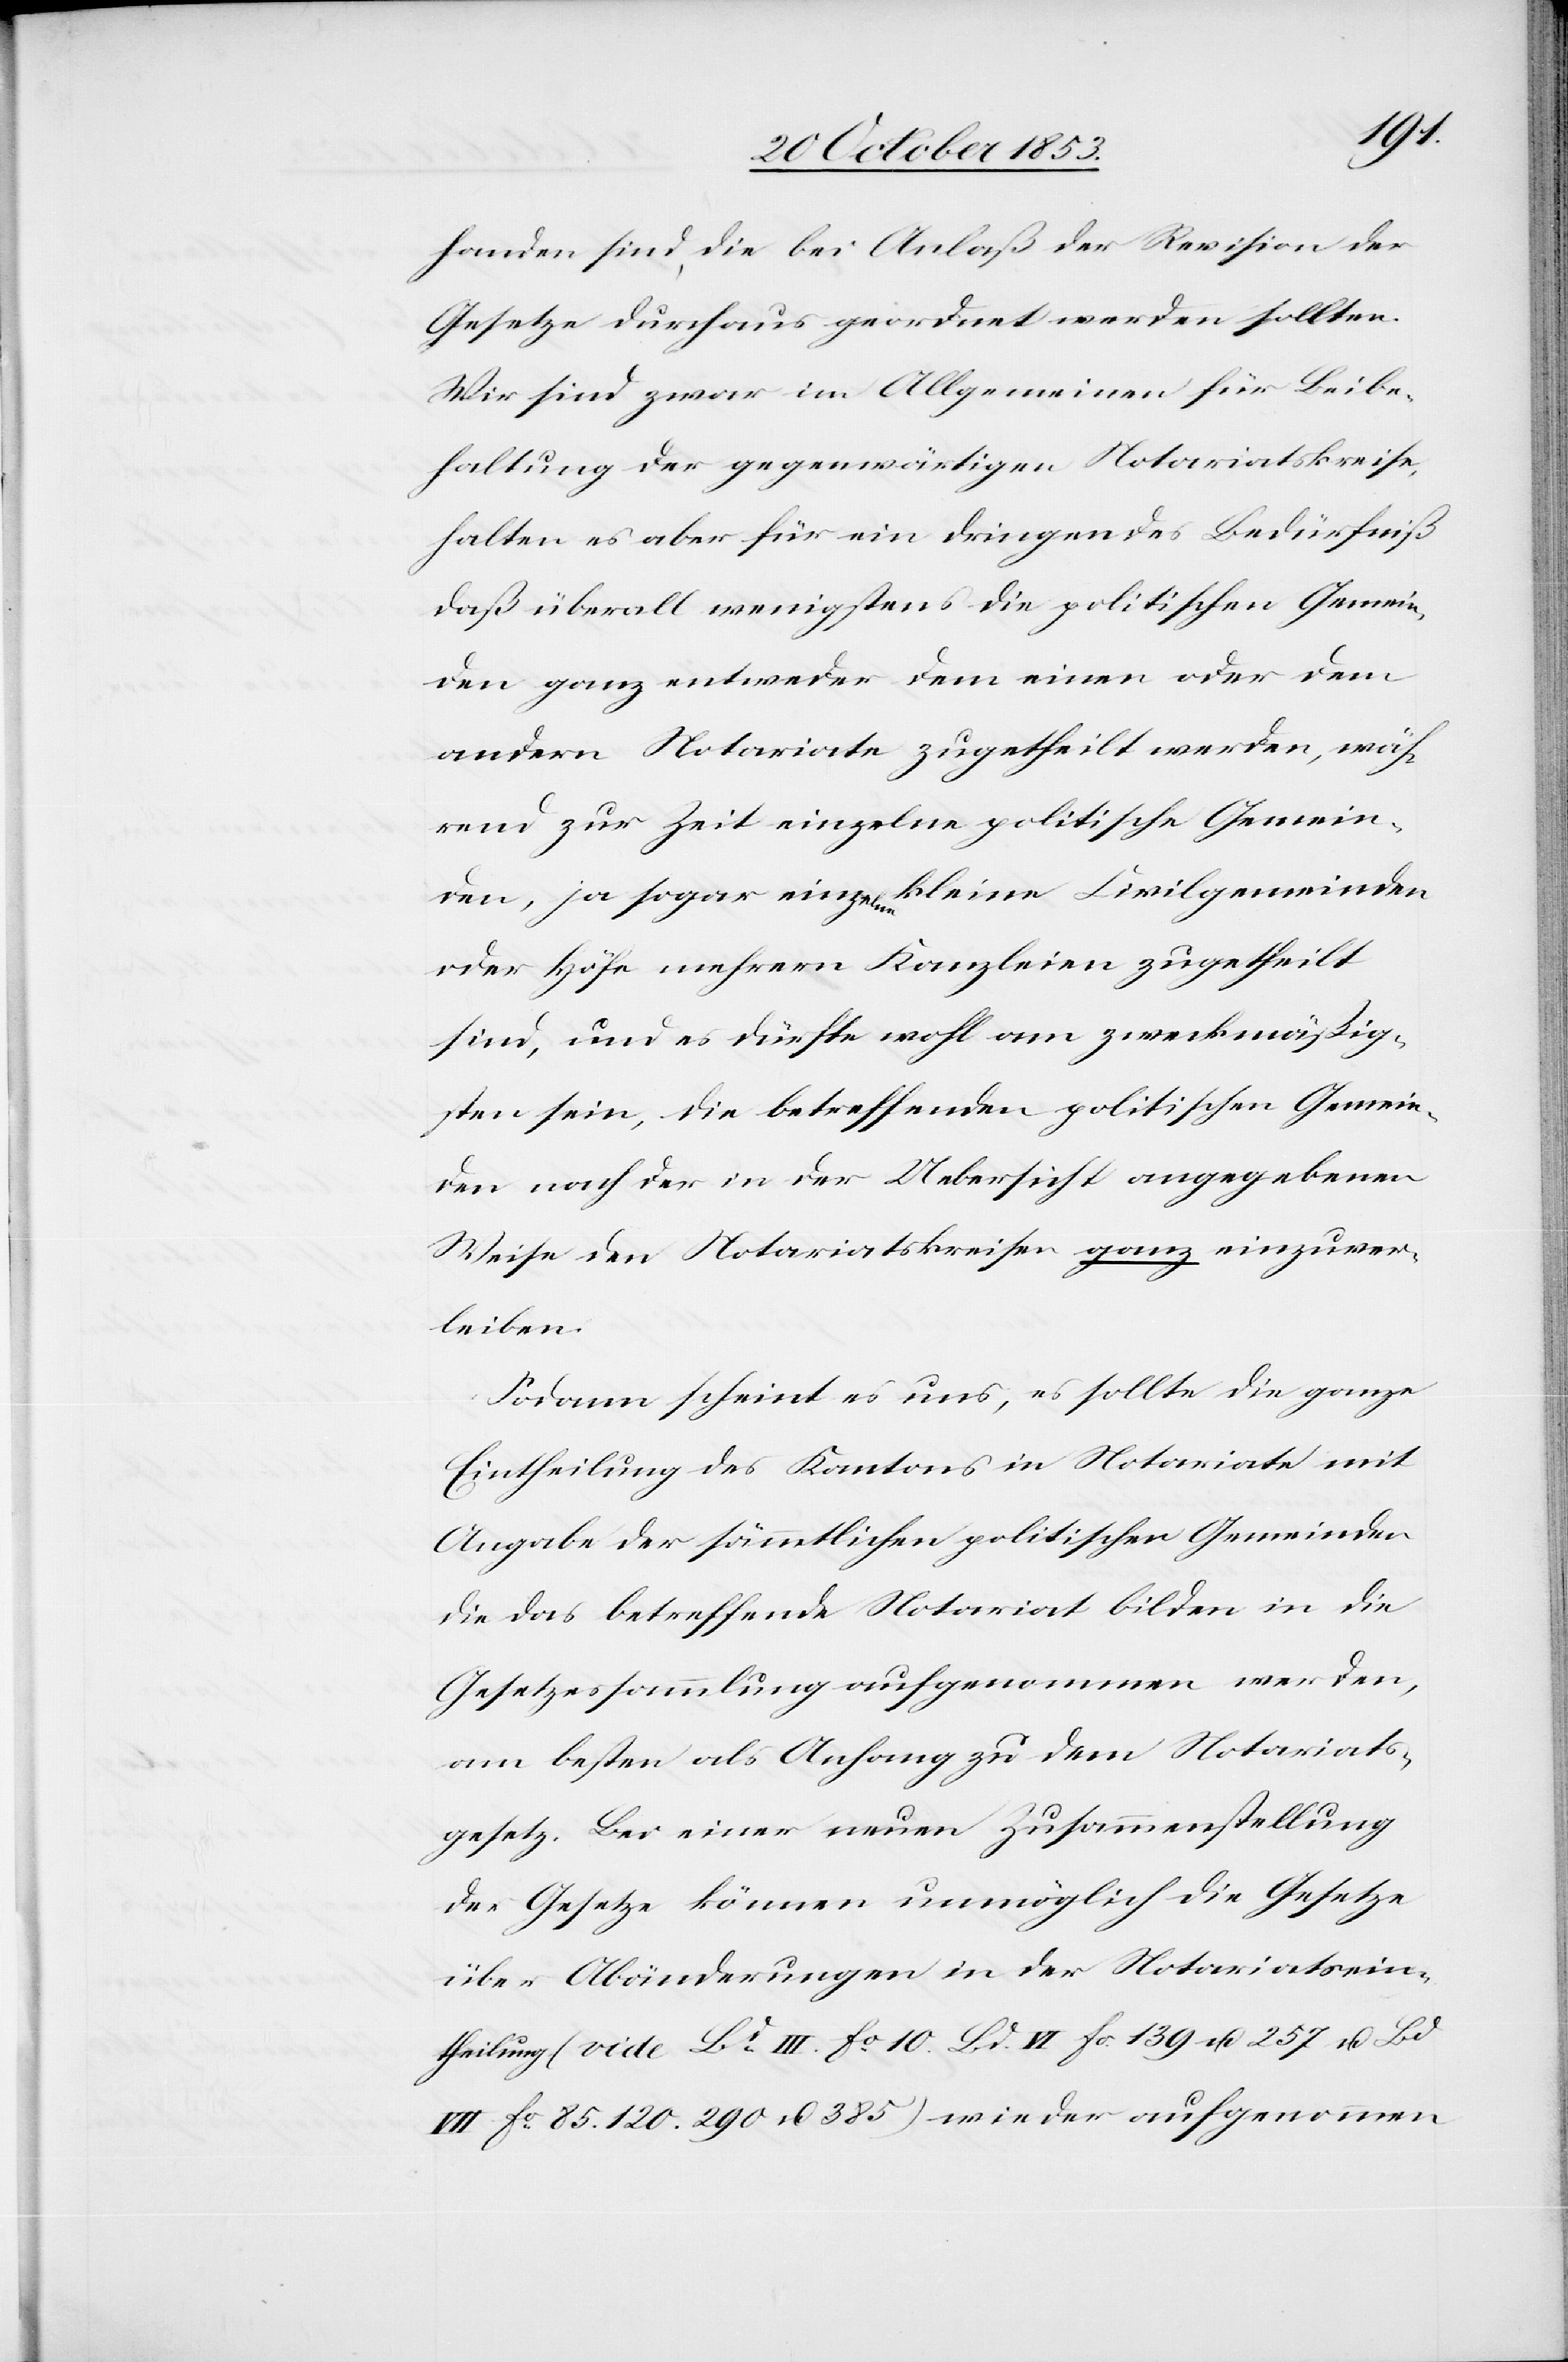
handen sind, die bei Anlaß der Revision der
Gesetze durchaus geordnet werden sollten.
Wir sind zwar im Allgemeinen für Beibe¬
haltung der gegenwärtigen Notariatskreise,
halten es aber für ein dringendes Bedürfniß
daß überall wenigstens die politischen Gemein¬
den ganz entweder dem einen oder dem
andern Notariate zugetheilt werden, wäh¬
rend zur Zeit einzelne politische Gemein¬
den, ja sogar einzelne kleine Civilgemeinden
oder Höfe mehrern Kanzleien zugetheilt
sind, und es dürfte wohl am zweckmäßig¬
sten sein, die betreffenden politischen Gemein¬
den nach der in der Uebersicht angegebenen
Weise den Notariatskreisen ganz einzuver¬
leiben.
Sodann scheint es uns, es sollte die ganze
Eintheilung des Kantons in Notariate mit
Angabe der sämmtlichen politischen Gemeinden
die das betreffende Notariat bilden in die
Gesetzessammlung aufgenommen werden,
am besten als Anfang zu dem Notariats¬
gesetz. Bei einer neuen Zusammenstellung
der Gesetze können unmöglich die Gesetze
über Abänderungen in der Notariatsein¬
theilung (vide Bd. III. fo. 10. Bd. VI fo. 139 u. 257 u. Bd.
VII fo 85.120.290 u. 385) wieder aufgenommen